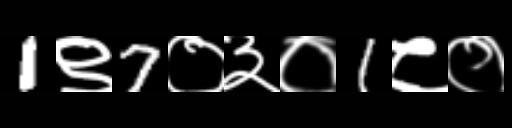
Text: 1९7०३०1८०